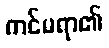
ကင်မရာ၏